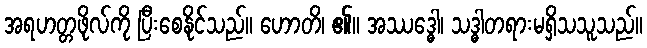
အရဟတ္တဖိုလ်ကို ပြီးစေနိုင်သည်။ ဟောတိ၊ ၏။ အဿဒ္ဓေါ၊ သဒ္ဓါတရားမရှိသသူသည်။